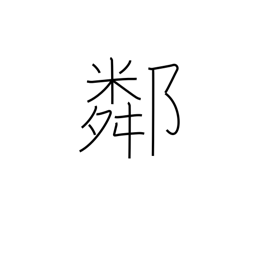
Meaning: neighborhood